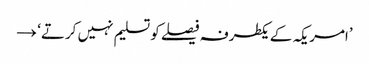
’امریکہ کے یکطرفہ فیصلے کو تسلیم نہیں کرتے‘ →